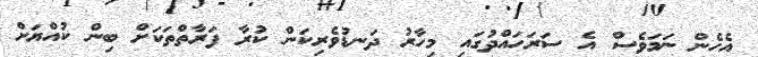
އެހެން ނަމަވެސް އެ ސަރަހައްދުގައި މިހާރު ދަނޑުވެރިކަން ކުރާ ފަރާތްތަކަށް ބިން ކުއްޔަށް